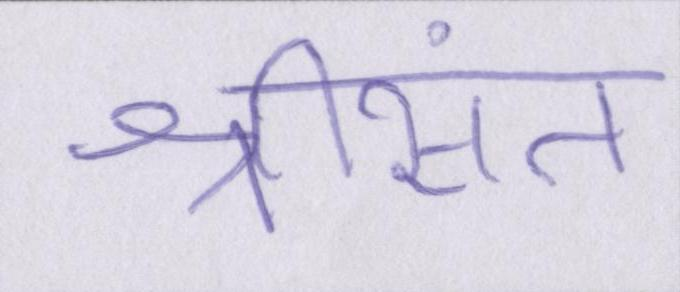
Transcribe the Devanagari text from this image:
श्रीसंत